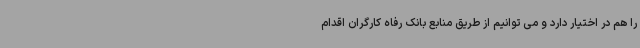
را هم در اختیار دارد و می توانیم از طریق منابع بانک رفاه کارگران اقدام